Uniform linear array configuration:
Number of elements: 4
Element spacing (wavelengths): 1
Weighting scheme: cosine
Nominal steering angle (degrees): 0
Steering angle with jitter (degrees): -1.554
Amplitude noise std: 0.05
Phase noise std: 0.05

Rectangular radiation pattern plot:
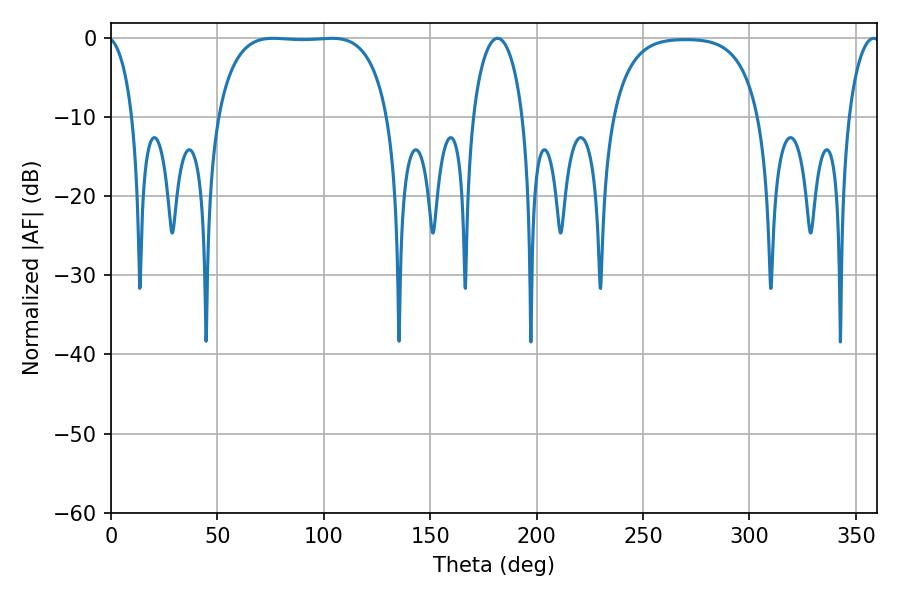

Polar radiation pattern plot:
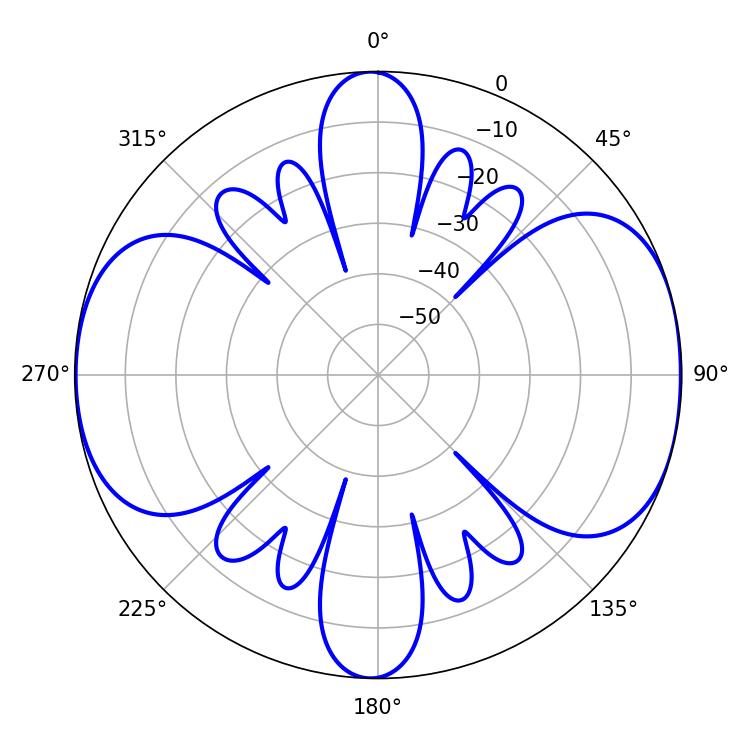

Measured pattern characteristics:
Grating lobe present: TRUE
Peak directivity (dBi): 9.545
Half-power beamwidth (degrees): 63
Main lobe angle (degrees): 76.32